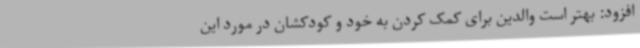
افزود: بهتر است والدین برای کمک کردن به خود و کودکشان در مورد این